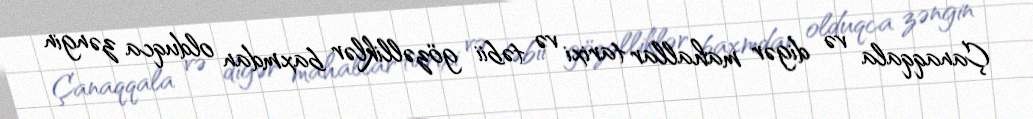
Çanaqqala və digər mahallar tarixi və təbii gözəlliklər baxmdan olduqca zəngin